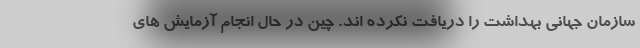
سازمان جهانی بهداشت را دریافت نکرده اند. چین در حال انجام آزمایش های